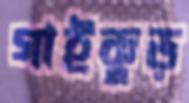
গাইকুড়